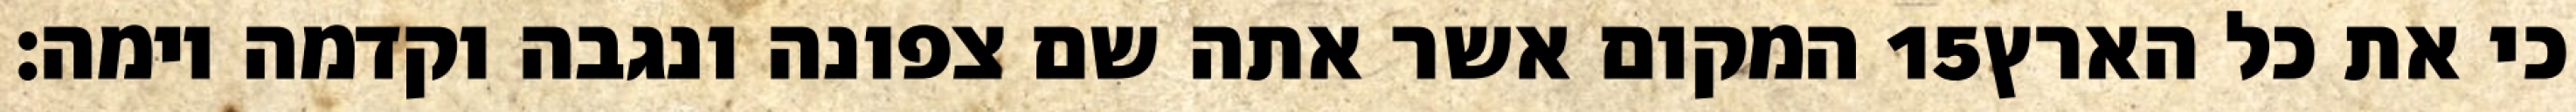
המקום אשר אתה שם צפונה ונגבה וקדמה וימה׃ ‎15‏ כי את כל הארץ